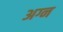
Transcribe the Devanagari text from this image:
अग्न